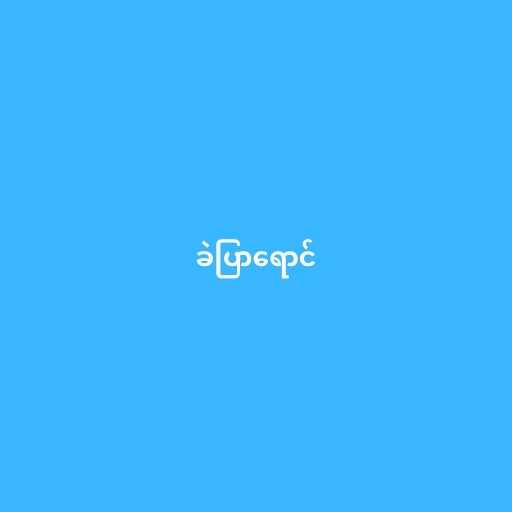
ခဲပြာရောင်